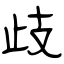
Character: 歧